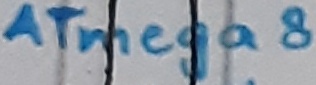
Text: ATmega8